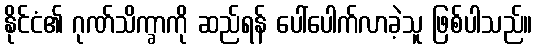
နိုင်ငံ၏ ဂုဏ်သိက္ခာကို ဆည်ရန် ပေါ်ပေါက်လာခဲ့သူ ဖြစ်ပါသည်။